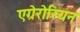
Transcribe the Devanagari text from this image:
एग्रेरोरियन